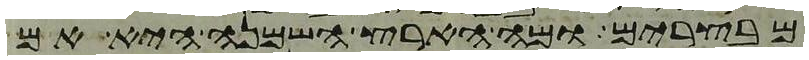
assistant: מבצרים ומה הארץ השמנה היא אם